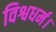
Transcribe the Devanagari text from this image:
विश्वधर्म।